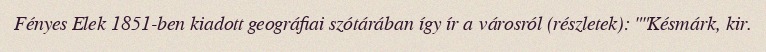
Fényes Elek 1851-ben kiadott geográfiai szótárában így ír a városról (részletek): ""Késmárk, kir.